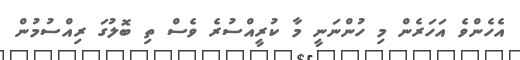
އެހެންވެ އަހަރެން މި ހުންނަނީ މާ ކުރީއްސުރެ ވެސް ތި ބޮލުގަ ރިއްސުމުން